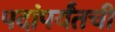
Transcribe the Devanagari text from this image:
पदांपर्यंतची